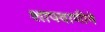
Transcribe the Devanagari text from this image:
शापवाणीने